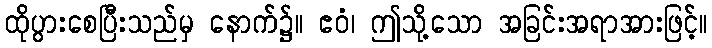
ထိုပွားစေပြီးသည်မှ နောက်၌။ ဧဝံ၊ ဤသို့သော အခြင်းအရာအားဖြင့်။